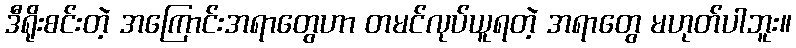
ဒီရိုးစင်းတဲ့ အကြောင်းအရာတွေဟာ တမင်လုပ်ယူရတဲ့ အရာတွေ မဟုတ်ပါဘူး။